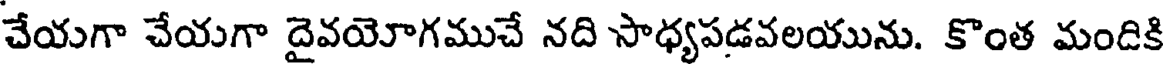
చేయగా చేయగా దైవయోగముచే నది సాధ్యపడవలయును. కొంత మందికి